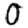
Digit: 0